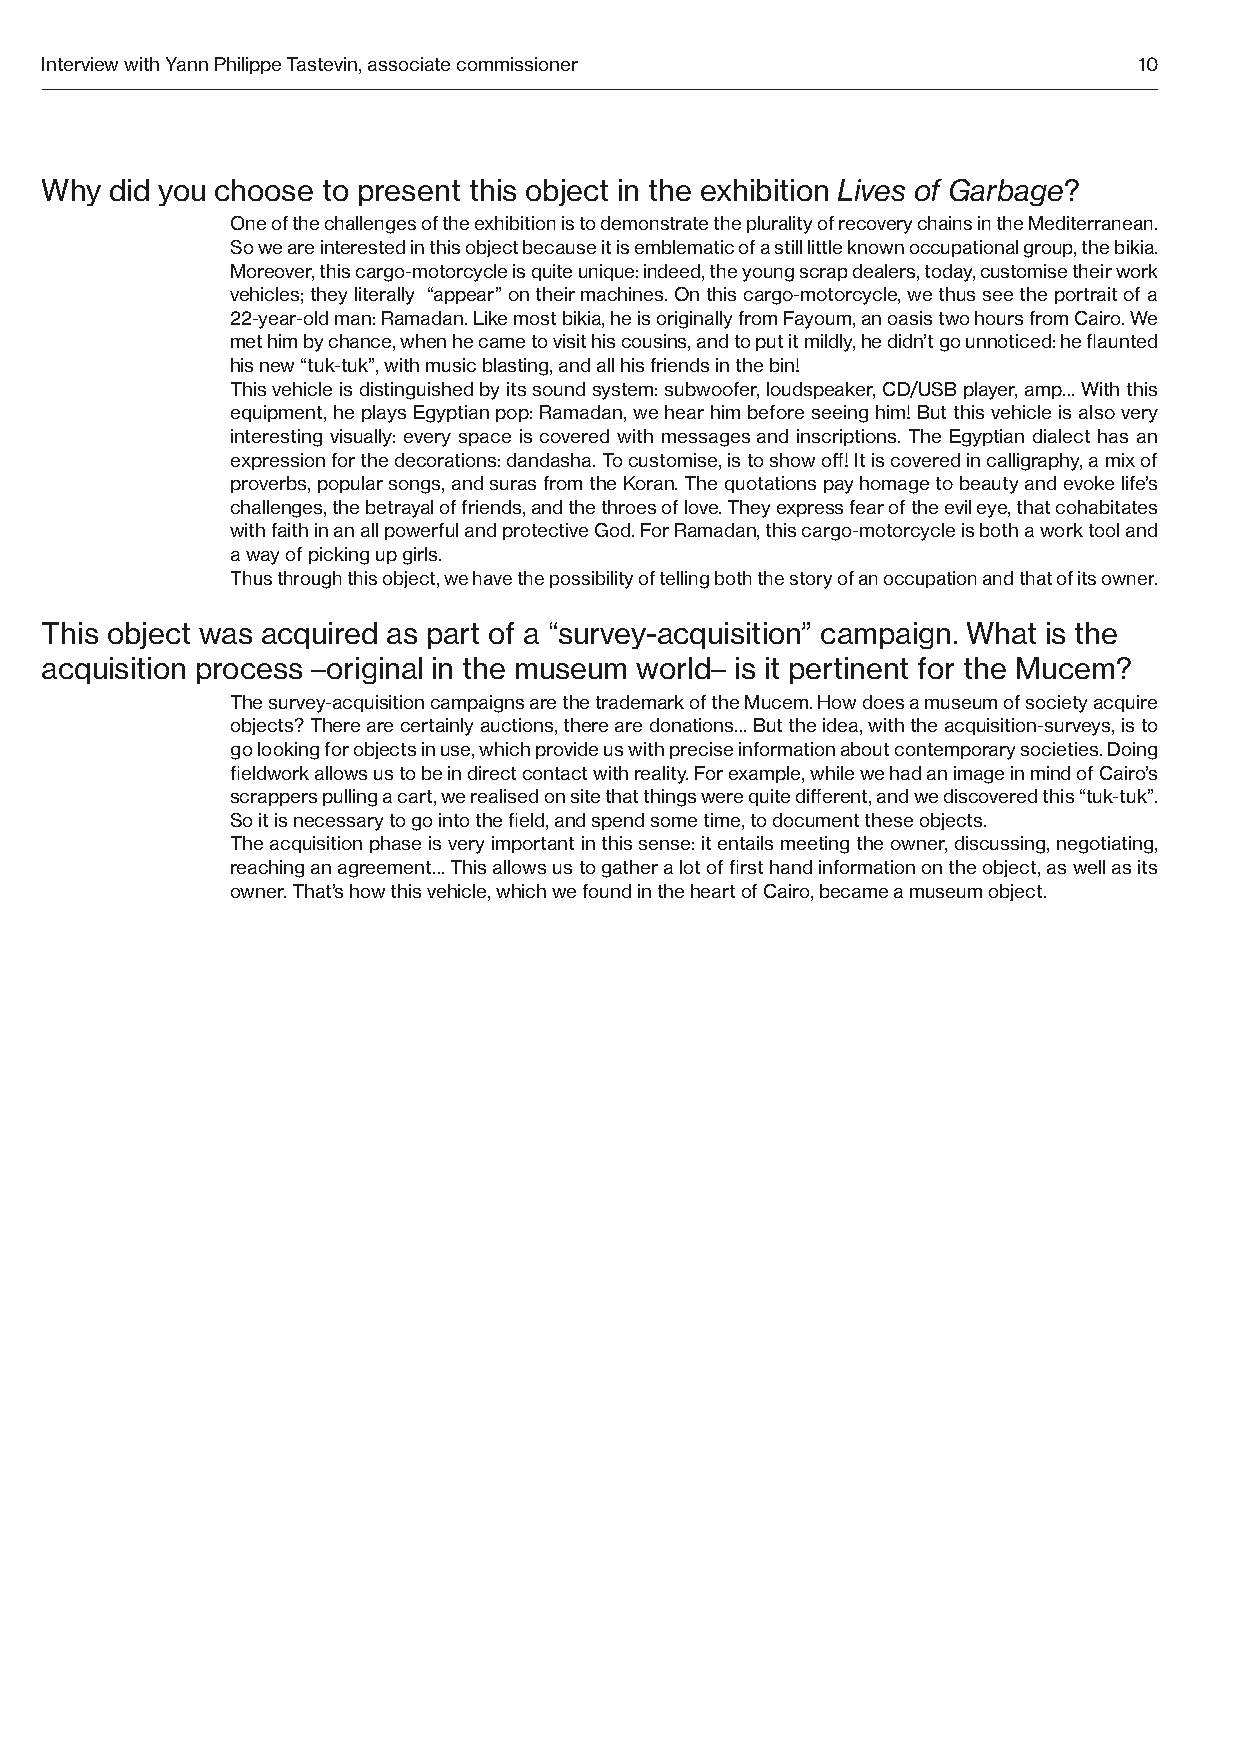
Interview with Yann Philippe Tastevin, associate commissioner           10
 Why did you choose to present this object in the exhibition Lives of Garbage?
 One of the challenges of the exhibition is to demonstrate the plurality of recovery chains in the Mediterranean.
 So we are interested in this object because it is emblematic of a still little known occupational group, the bikia.
 Moreover, this cargo-motorcycle is quite unique: indeed, the young scrap dealers, today, customise their work
 vehicles; they literally “appear” on their machines. On this cargo-motorcycle, we thus see the portrait of a
 22-year-old man: Ramadan. Like most bikia, he is originally from Fayoum, an oasis two hours from Cairo. We
 met him by chance, when he came to visit his cousins, and to put it mildly, he didn’t go unnoticed: he flaunted
 his new “tuk-tuk”, with music blasting, and all his friends in the bin!
 This vehicle is distinguished by its sound system: subwoofer, loudspeaker, CD/USB player, amp… With this
 equipment, he plays Egyptian pop: Ramadan, we hear him before seeing him! But this vehicle is also very
 interesting visually: every space is covered with messages and inscriptions. The Egyptian dialect has an
 expression for the decorations: dandasha. To customise, is to show off! It is covered in calligraphy, a mix of
 proverbs, popular songs, and suras from the Koran. The quotations pay homage to beauty and evoke life’s
 challenges, the betrayal of friends, and the throes of love. They express fear of the evil eye, that cohabitates
 with faith in an all powerful and protective God. For Ramadan, this cargo-motorcycle is both a work tool and
 a way of picking up girls.
 Thus through this object, we have the possibility of telling both the story of an occupation and that of its owner.
 This object was acquired as part of a “survey-acquisition” campaign. What is the
 acquisition process –original in the museum world– is it pertinent for the Mucem?
 The survey-acquisition campaigns are the trademark of the Mucem. How does a museum of society acquire
 objects? There are certainly auctions, there are donations… But the idea, with the acquisition-surveys, is to
 go looking for objects in use, which provide us with precise information about contemporary societies. Doing
 fieldwork allows us to be in direct contact with reality. For example, while we had an image in mind of Cairo’s
 scrappers pulling a cart, we realised on site that things were quite different, and we discovered this “tuk-tuk”.
 So it is necessary to go into the field, and spend some time, to document these objects.
 The acquisition phase is very important in this sense: it entails meeting the owner, discussing, negotiating,
 reaching an agreement… This allows us to gather a lot of first hand information on the object, as well as its
 owner. That’s how this vehicle, which we found in the heart of Cairo, became a museum object.